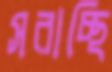
সরাচ্ছি